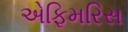
એફિમરિસ